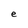
Character: e